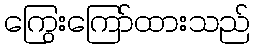
ကြွေးကြော်ထားသည်